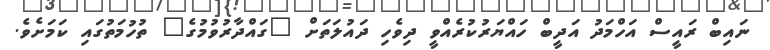
ނައިބް ރައީސް އަހްމަދު އަދީބް ހައްޔަރުކުރެއްވީ ދިވެހި ދައުލަތަށް "ގައްދާރުވުމުގެ" ތުހުމަތުގައި ކަމަށެވެ.